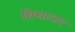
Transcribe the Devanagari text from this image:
बिधातार